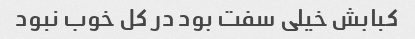
کبابش خیلی سفت بود در کل خوب نبود